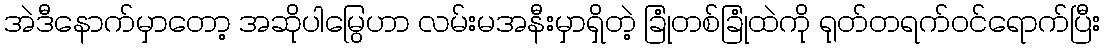
အဲဒီနောက်မှာတော့ အဆိုပါမြွေဟာ လမ်းမအနီးမှာရှိတဲ့ ခြုံတစ်ခြုံထဲကို ရုတ်တရက်ဝင်ရောက်ပြီး